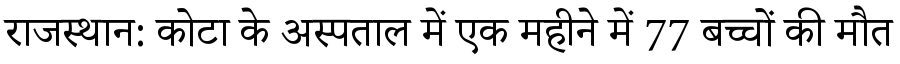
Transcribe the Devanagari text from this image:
राजस्थान: कोटा के अस्पताल में एक महीने में 77 बच्चों की मौत